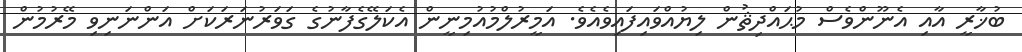
ބުޚާރީ އާއި އެނޫންވެސް މުޙައްދިޘުން ލިޔުއްވައިފައިވެއެވެ. އަމީރުލްމުއުމިނީން އެކަލޭގެފާނުގެ ގަވަރުނަރަކަށް އަންނަނިވި މޭރުމުން